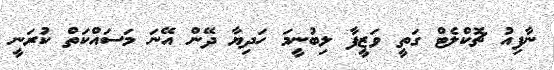
ނާފިއު ޗޮކްލެޓް ގަތީ ވަޒީފާ ލިބުނީމަ ހަދިޔާ ދޭން އޭނަ މަސައްކަތް ކުރަނީ